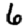
Digit: 6